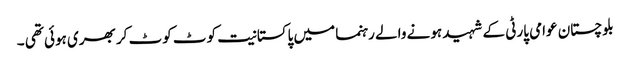
بلوچستان عوامی پارٹی کے شہید ہونے والے رہنما میں پاکستانیت کوٹ کوٹ کر بھری ہوئی تھی ۔